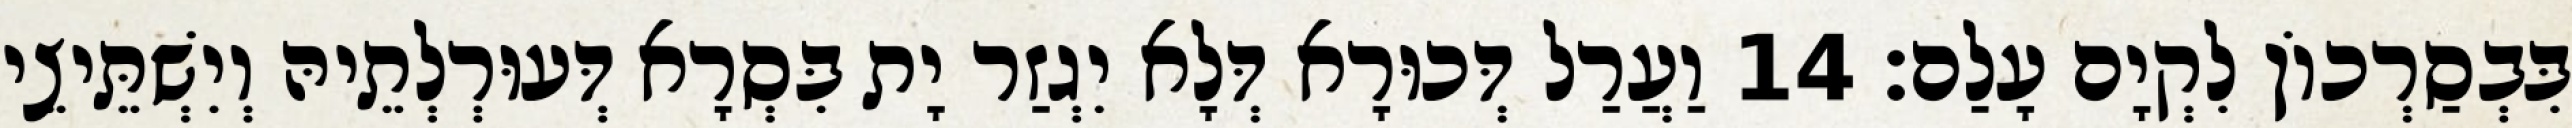
בִּבְסַרְכוֹן לִקְיָם עָלַם׃ 14 וַעֲרַל דְּכוּרָא דְּלָא יִגְזַר יָת בִּסְרָא דְּעוּרְלְתֵיהּ וְיִשְׁתֵּיצֵי